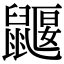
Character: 鼴